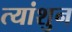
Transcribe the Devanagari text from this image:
त्यांशुन